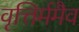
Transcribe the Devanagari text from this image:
वृत्तिर्ममैव